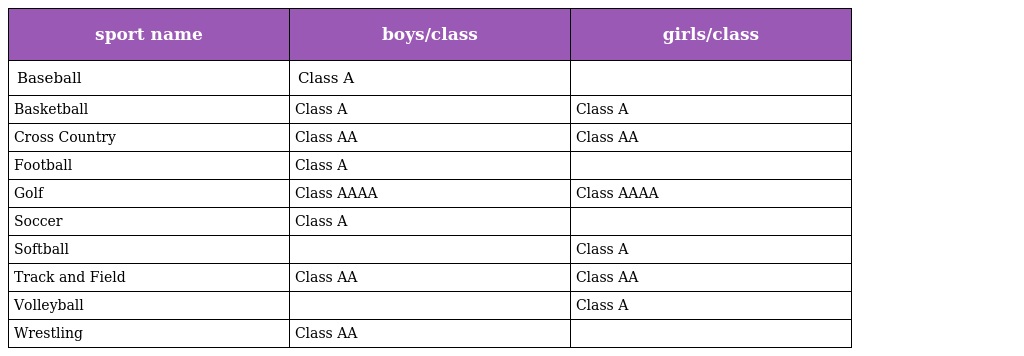
| sport name | boys/class | girls/class |
 | --- | --- | --- |
 | Baseball | Class A |  |
 | Basketball | Class A | Class A |
 | Cross Country | Class AA | Class AA |
 | Football | Class A |  |
 | Golf | Class AAAA | Class AAAA |
 | Soccer | Class A |  |
 | Softball |  | Class A |
 | Track and Field | Class AA | Class AA |
 | Volleyball |  | Class A |
 | Wrestling | Class AA |  |